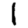
Digit: 1